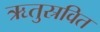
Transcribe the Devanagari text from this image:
ऋतुस्रवित